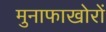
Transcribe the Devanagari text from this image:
मुनाफाखोरों